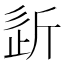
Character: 𣂠